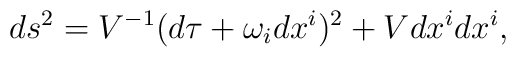
ds^2= V^{-1} (d\tau + \omega _i dx^i)^2 + V dx^i dx^i,